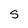
Character: S